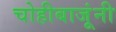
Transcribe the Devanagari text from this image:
चोहीबाजूंनी